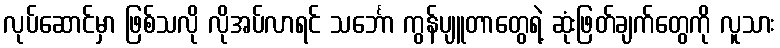
လုပ်ဆောင်မှာ ဖြစ်သလို လိုအပ်လာရင် သင်္ဘော ကွန်ပျူတာတွေရဲ့ ဆုံးဖြတ်ချက်တွေကို လူသား